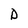
Character: D